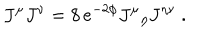
J ^ { \mu } J ^ { \nu } = 8 \, e ^ { - 2 \phi } J ^ { \mu } { } _ { \eta } J ^ { \eta \nu } \ .